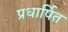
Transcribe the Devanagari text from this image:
प्रधार्षित